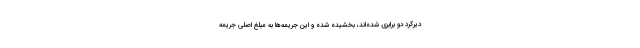
دیرکرد دو برابری شده‌اند، بخشیده شده و این جریمه‌ها به مبلغ اصلی جریمه